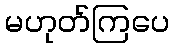
မဟုတ်ကြပေ